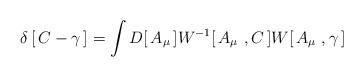
LaTeX: \begin{align*}\delta\left[\,C-\gamma\,\right]=\int D[\, A_\mu\,]W^{-1}[\, A_\mu\ , C\,] W[\, A_\mu\ ,\gamma\,]\end{align*}